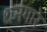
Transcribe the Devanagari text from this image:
धनगारे